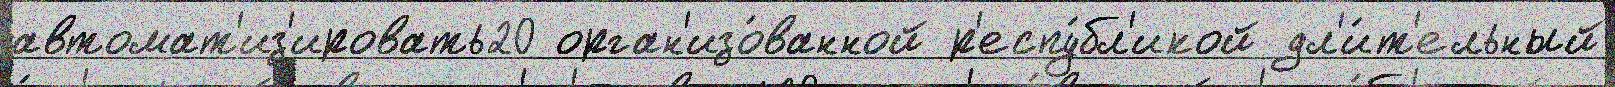
автомат'из'ировать20 орган'изо́ванной р'еспу́бл'икой дл'и́т'ельный